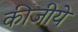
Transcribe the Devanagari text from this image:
कीजीये